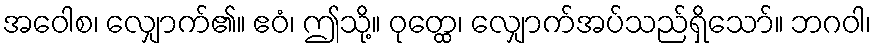
အဝေါစ၊ လျှောက်၏။ ဧဝံ၊ ဤသို့။ ဝုတ္ထေ၊ လျှောက်အပ်သည်ရှိသော်။ ဘဂဝါ၊